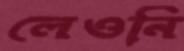
লেওনি